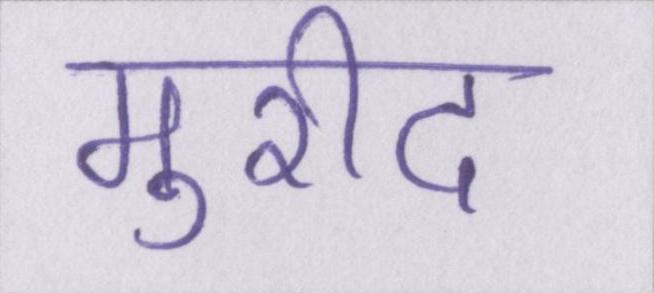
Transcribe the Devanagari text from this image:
मुरीद